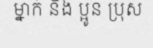
ម្នាក់ និង ប្អូន ប្រុស